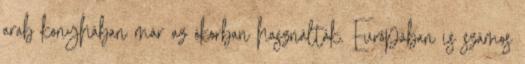
arab konyhában már az ókorban használták. Európában is számos